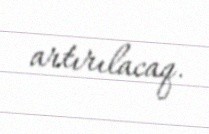
artırılacaq.